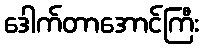
ဒေါက်တာအောင်ကြီး